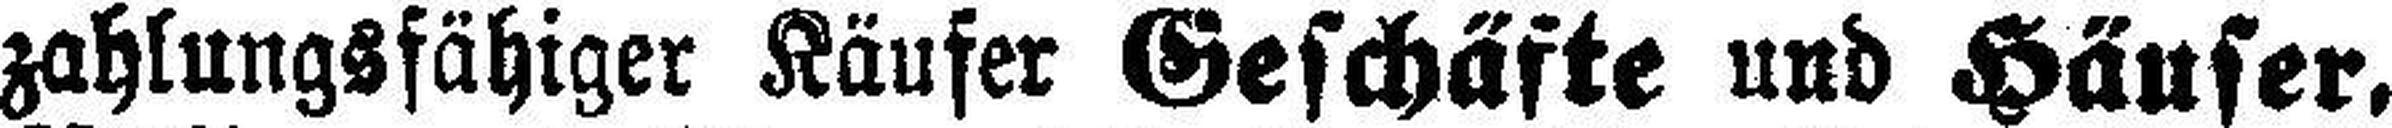
zahlungsfähiger Käufer Geschäfte und Häuser,